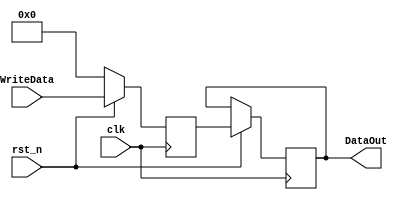
module register(
	input [15:0] WriteData,
	input clk,rst_n,
	output reg [15:0] DataOut);
	reg [15:0] RegData;
	always @ (posedge clk) begin
		if(!rst_n) begin
			RegData <= 16'b0000000000000000;
		end else begin
			DataOut <= RegData;
			RegData <= WriteData;
		end
	end
endmodule